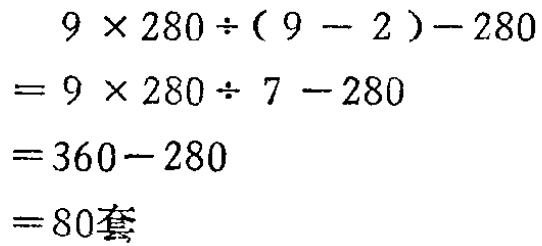
\[
\begin{align*}
&9\times280\div(9 - 2)-280\\
=&9\times280\div7 - 280\\
=&360-280\\
=&80\text{套}
\end{align*}
\]